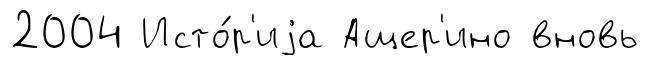
2004 Исто́р'иjа Ащер'ино вновь